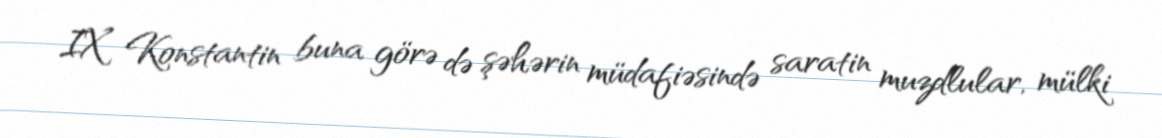
IX Konstantin buna görə də şəhərin müdafiəsində saratin muzdlular, mülki